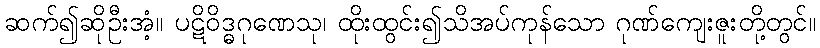
ဆက်၍ဆိုဦးအံ့။ ပဋိဝိဒ္ဓဂုဏေသု၊ ထိုးထွင်း၍သိအပ်ကုန်သော ဂုဏ်ကျေးဇူးတို့တွင်။